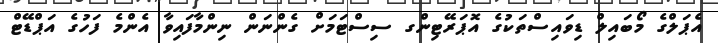
އެޕަލްގެ މޯބައިލް ޑިވައިސްތަކުގެ އޮޕަރޭޓިންގ ސިސްޓަމަށް ގެންނަން ނިންމާފައިވާ އެންމެ ފަހުގެ އަޕްޑޭޓް